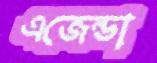
এজেন্ডা